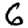
Digit: 6